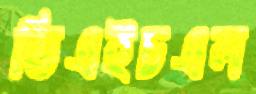
ডিএইচএল